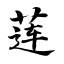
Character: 莲